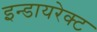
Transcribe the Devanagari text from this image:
इन्डायरेक्ट